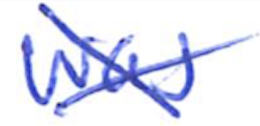
Text: was
Cross-out: cross
Writing tool: ballpoint